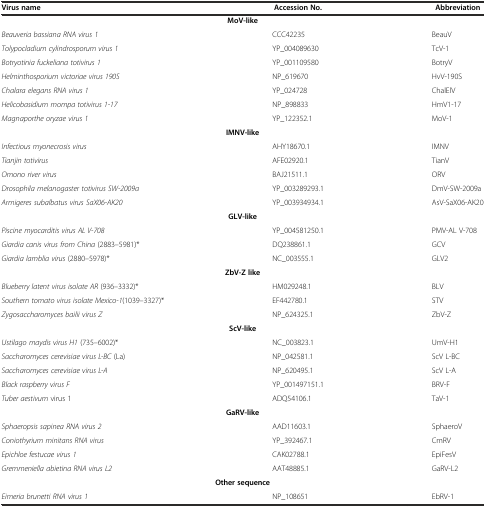
<table><thead><tr><td><b>Virus name</b></td><td><b>Accession No.</b></td><td><b>Abbreviation</b></td></tr></thead><tbody><tr><td colspan="3"><b>MoV-like</b></td></tr><tr><td><i>Beauveria bassiana RNA virus 1</i></td><td>CCC42235</td><td>BeauV</td></tr><tr><td><i>Tolypocladium cylindrosporum virus 1</i></td><td>YP_004089630</td><td>TcV-1</td></tr><tr><td><i>Botryotinia fuckeliana totivirus 1</i></td><td>YP_001109580</td><td>BotryV</td></tr><tr><td><i>Helminthosporium victoriae virus 190S</i></td><td>NP_619670</td><td>HvV-190S</td></tr><tr><td><i>Chalara elegans RNA virus 1</i></td><td>YP_024728</td><td>ChalElV</td></tr><tr><td><i>Helicobasidium mompa totivirus 1-17</i></td><td>NP_898833</td><td>HmV1-17</td></tr><tr><td><i>Magnaporthe oryzae virus 1</i></td><td>YP_122352.1</td><td>MoV-1</td></tr><tr><td colspan="3"><b>IMNV-like</b></td></tr><tr><td><i>Infectious myonecrosis virus</i></td><td>AHY18670.1</td><td>IMNV</td></tr><tr><td><i>Tianjin totivirus</i></td><td>AFE02920.1</td><td>TianV</td></tr><tr><td><i>Omono river virus</i></td><td>BAJ21511.1</td><td>ORV</td></tr><tr><td><i>Drosophila melanogaster totivirus SW-2009a</i></td><td>YP_003289293.1</td><td>DmV-SW-2009a</td></tr><tr><td><i>Armigeres subalbatus virus SaX06-AK20</i></td><td>YP_003934934.1</td><td>AsV-SaX06-AK20</td></tr><tr><td colspan="3"><b>GLV-like</b></td></tr><tr><td><i>Piscine myocarditis virus AL V-708</i></td><td>YP_004581250.1</td><td>PMV-AL V-708</td></tr><tr><td><i>Giardia canis virus from China</i> (2883–5981)*</td><td>DQ238861.1</td><td>GCV</td></tr><tr><td><i>Giardia lamblia virus</i> (2880–5978)*</td><td>NC_003555.1</td><td>GLV2</td></tr><tr><td colspan="3"><b>ZbV-Z like</b></td></tr><tr><td><i>Blueberry latent virus isolate AR</i> (936–3332)*</td><td>HM029248.1</td><td>BLV</td></tr><tr><td><i>Southern tomato virus isolate Mexico-1</i>(1039–3327)*</td><td>EF442780.1</td><td>STV</td></tr><tr><td><i>Zygosaccharomyces bailii virus Z</i></td><td>NP_624325.1</td><td>ZbV-Z</td></tr><tr><td colspan="3"><b>ScV-like</b></td></tr><tr><td><i>Ustilago maydis virus H1</i> (735–6002)*</td><td>NC_003823.1</td><td>UmV-H1</td></tr><tr><td><i>Saccharomyces cerevisiae virus L-BC</i> (La)</td><td>NP_042581.1</td><td>ScV L-BC</td></tr><tr><td><i>Saccharomyces cerevisiae virus L-A</i></td><td>NP_620495.1</td><td>ScV L-A</td></tr><tr><td><i>Black raspberry virus F</i></td><td>YP_001497151.1</td><td>BRV-F</td></tr><tr><td><i>Tuber aestivum</i> virus 1</td><td>ADQ54106.1</td><td>TaV-1</td></tr><tr><td colspan="3"><b>GaRV-like</b></td></tr><tr><td><i>Sphaeropsis sapinea RNA virus 2</i></td><td>AAD11603.1</td><td>SphaeroV</td></tr><tr><td><i>Coniothyrium minitans RNA virus</i></td><td>YP_392467.1</td><td>CmRV</td></tr><tr><td><i>Epichloe festucae virus 1</i></td><td>CAK02788.1</td><td>EpiFesV</td></tr><tr><td><i>Gremmeniella abietina RNA virus L2</i></td><td>AAT48885.1</td><td>GaRV-L2</td></tr><tr><td colspan="3"><b>Other sequence</b></td></tr><tr><td><i>Eimeria brunetti RNA virus 1</i></td><td>NP_108651</td><td>EbRV-1</td></tr></tbody></table>